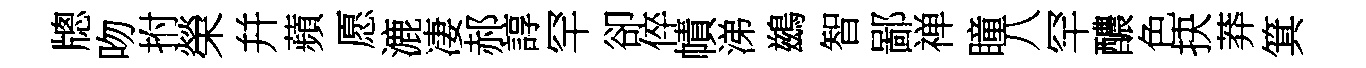
牕吻拊榮幷蘋愿漉凄郝諄罕卻倅幘涕鷀智鄙禅瞳八罕醲色抉莽箕